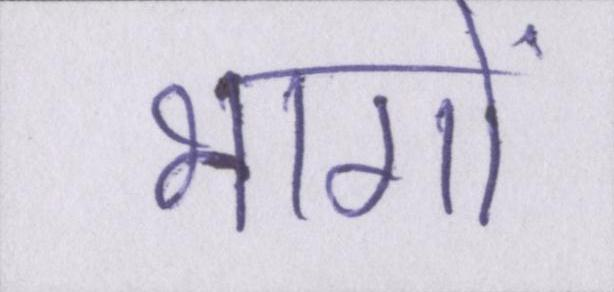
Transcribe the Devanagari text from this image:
भागों